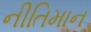
નીતિમાન